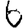
Digit: 6